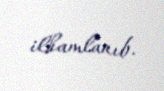
ilhamlanıb.